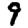
Digit: 9